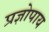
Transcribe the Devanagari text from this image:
प्रज्ञोपाय